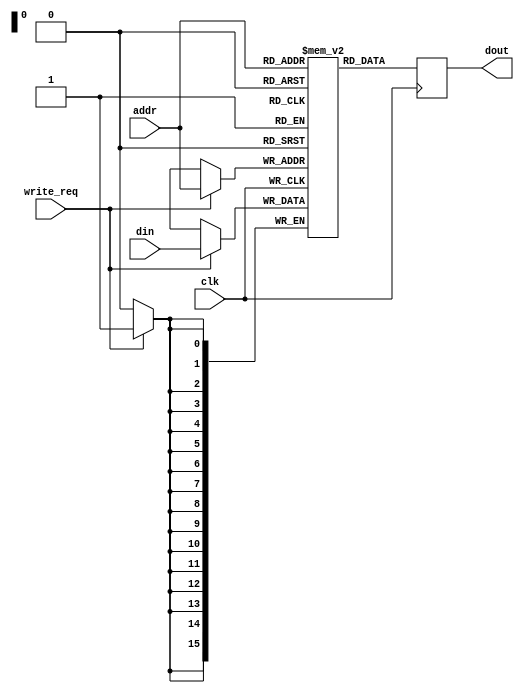
module ram #(
	parameter DATA_WIDTH = 16,
	parameter ADDR_WIDTH = 16
)(
	input clk,    // Clock

	input [ADDR_WIDTH - 1:0] addr,
	input [DATA_WIDTH - 1:0] din,
	input write_req,

	output reg [DATA_WIDTH - 1:0] dout
);

reg [DATA_WIDTH - 1:0]memory[2 ** ADDR_WIDTH - 1:0];
always @ (posedge clk) begin
	if (write_req) begin
		memory[addr] <= din;
	end
end

always @ (posedge clk) begin
	dout <= memory[addr];
end

endmodule